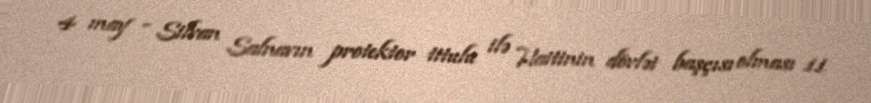
4 may - Silvan Salnavın protektor titulu ilə Haitinin dövlət başçısı olması 11